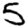
Digit: 5